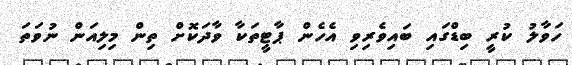
ހަވާލު ކުރީ ބިޑްގައި ބައިވެރިވި އެހެން ޕާޓީތަކާ ވާދަކޮށް ތިން މިލިއަން ނުވަތަ